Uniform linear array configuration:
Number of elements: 24
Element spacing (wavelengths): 1
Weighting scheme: cosine
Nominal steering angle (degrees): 30
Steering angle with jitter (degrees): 31.945
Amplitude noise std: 0.05
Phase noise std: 0.05

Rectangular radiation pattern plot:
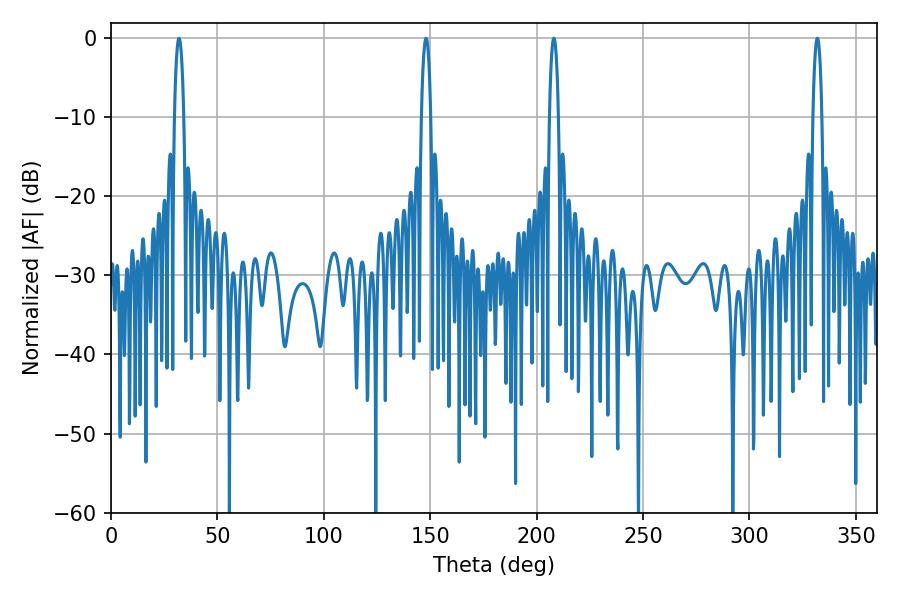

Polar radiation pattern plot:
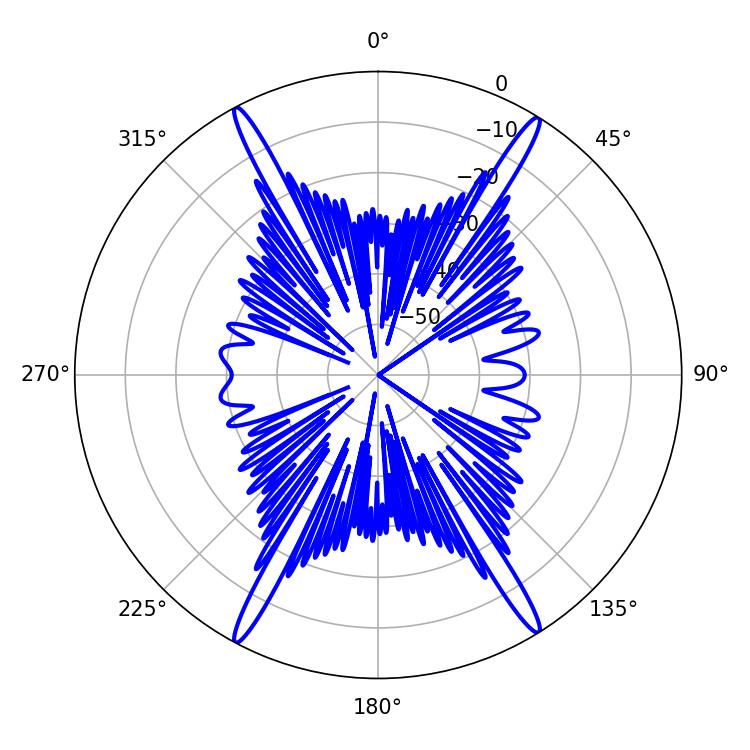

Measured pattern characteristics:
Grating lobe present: TRUE
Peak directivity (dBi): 24.251
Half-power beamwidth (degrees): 2.34
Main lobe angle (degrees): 208.08